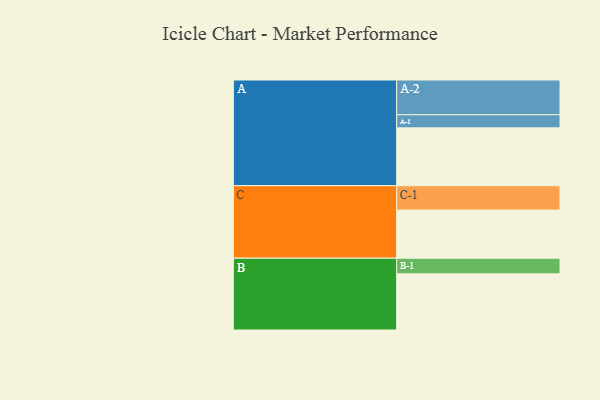
{"axis": {"x": "Segment", "y": "Value"}, "legend": ["", "A", "B", "C"], "data": [{"x": "A", "y": 418, "type": ""}, {"x": "B", "y": 406, "type": ""}, {"x": "C", "y": 348, "type": ""}, {"x": "A-1", "y": 95, "type": "A"}, {"x": "A-2", "y": 251, "type": "A"}, {"x": "B-1", "y": 113, "type": "B"}, {"x": "C-1", "y": 176, "type": "C"}]}